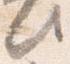
此